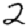
Digit: 2